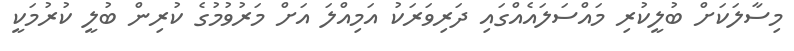
މިސާލަކަށް ބުލީކުރި މައްސަލައެއްގައި ދަރިވަރަކު އަމިއްލަ އަށް މަރުވުމުގެ ކުރިން ބުލީ ކުރުމަކީ